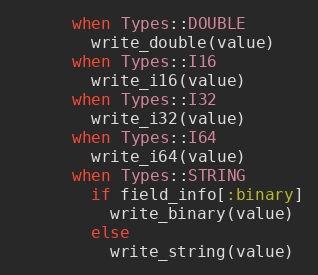
Language: Ruby
      when Types::DOUBLE
        write_double(value)
      when Types::I16
        write_i16(value)
      when Types::I32
        write_i32(value)
      when Types::I64
        write_i64(value)
      when Types::STRING
        if field_info[:binary]
          write_binary(value)
        else
          write_string(value)